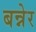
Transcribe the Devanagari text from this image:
बन्नेर